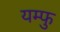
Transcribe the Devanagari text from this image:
यम्फु